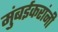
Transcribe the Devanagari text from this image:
मुंबईकरांनी